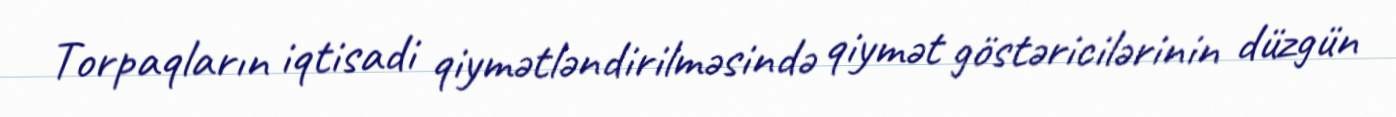
Torpaqların iqtisadi qiymətləndirilməsində qiymət göstəricilərinin düzgün